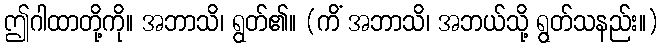
ဤဂါထာတို့ကို။ အဘာသိ၊ ရွတ်၏။ (ကိံ အဘာသိ၊ အဘယ်သို့ ရွတ်သနည်း။)